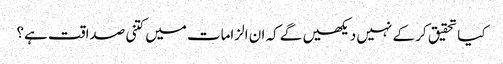
کیا تحقیق کر کے نہیں دیکھیں گے کہ ان الزامات میں کتنی صداقت ہے؟